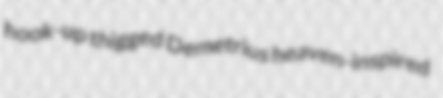
hook-up thigged Demetrius heaven-inspired